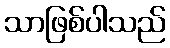
သာဖြစ်ပါသည်